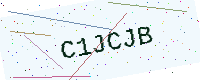
Text: C1JCJB